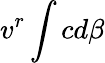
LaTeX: v^{r}\int cd\beta